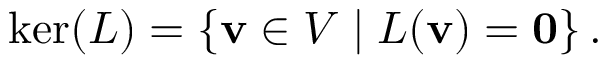
\ker ( L ) = \left\{ \mathbf { v } \in V \mid L ( \mathbf { v } ) = \mathbf { 0 } \right\} { \mathrm { . } }